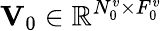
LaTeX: {\mathbf V}_{0}\in\mathbb{R}^{N_{0}^{v}\times F_{0}^{v}}